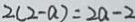
2 ( 2 - a ) = 2 a - 2